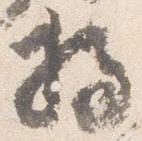
将